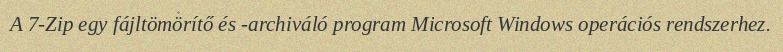
A 7-Zip egy fájltömörítő és -archiváló program Microsoft Windows operációs rendszerhez.